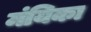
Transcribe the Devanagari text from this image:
मंयिका